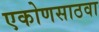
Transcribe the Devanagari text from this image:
एकोणसाठवा